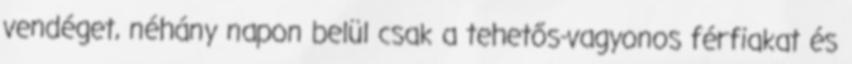
vendéget, néhány napon belül csak a tehetős-vagyonos férfiakat és